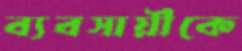
ব্যবসায়ীকে